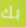
بك